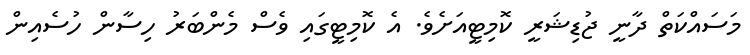
މަސައްކަތް ދާނީ ޖުޑިޝަރީ ކޮމިޓީއަށެވެ. އެ ކޮމިޓީގައި ވެސް މެންބަރު ހިސާން ހުސެއިން